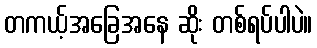
တကယ့်အခြေအနေ ဆိုး တစ်ရပ်ပါပဲ။